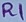
Text: R1